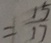
= \frac { 1 5 } { 1 7 }